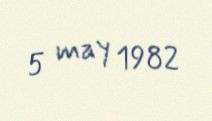
5 may 1982